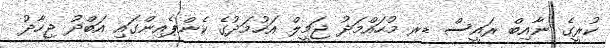
ކުރީގެ ނާއިބް ރައީސް ޑރ މުހައްމަދު ޖަމީލް އަހުމަދުގެ ކެންޕެއިންގައި އަބްދު ޖިހާދު